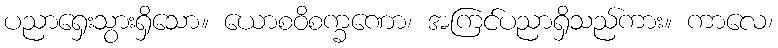
ပညာရှေးသွားရှိသော။ ယောစဝိစက္ခဏော၊ အကြင်ပညာရှိသည်ကား။ ကာလေ၊